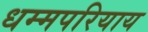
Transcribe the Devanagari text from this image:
धम्मपरियाय